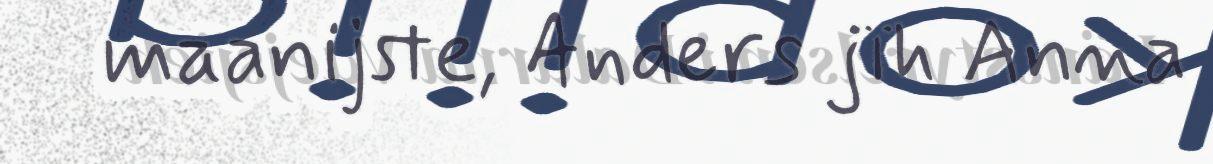
maanijste, Anders jïh Anna